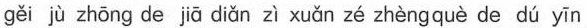
gěi jù zhōng de jiā diǎn zì xuǎn zé zhèng què de dú yīn